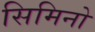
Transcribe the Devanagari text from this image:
सिमिनो